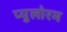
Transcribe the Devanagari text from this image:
प्युलोरम